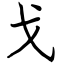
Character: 戈